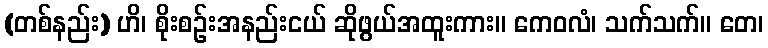
(တစ်နည်း) ဟိ၊ စိုးစဉ်းအနည်းငယ် ဆိုဖွယ်အထူးကား။ ကေဝလံ၊ သက်သက်။ တေ၊